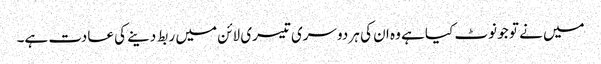
میں نے تو جو نوٹ کیا ہے وہ ان کی ہر دوسری تیسری لائن میں ربط دینے کی عادت ہے۔